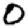
Digit: 0